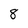
Character: 8